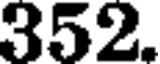
352.